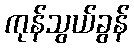
ကုန်သွယ်ခွန်